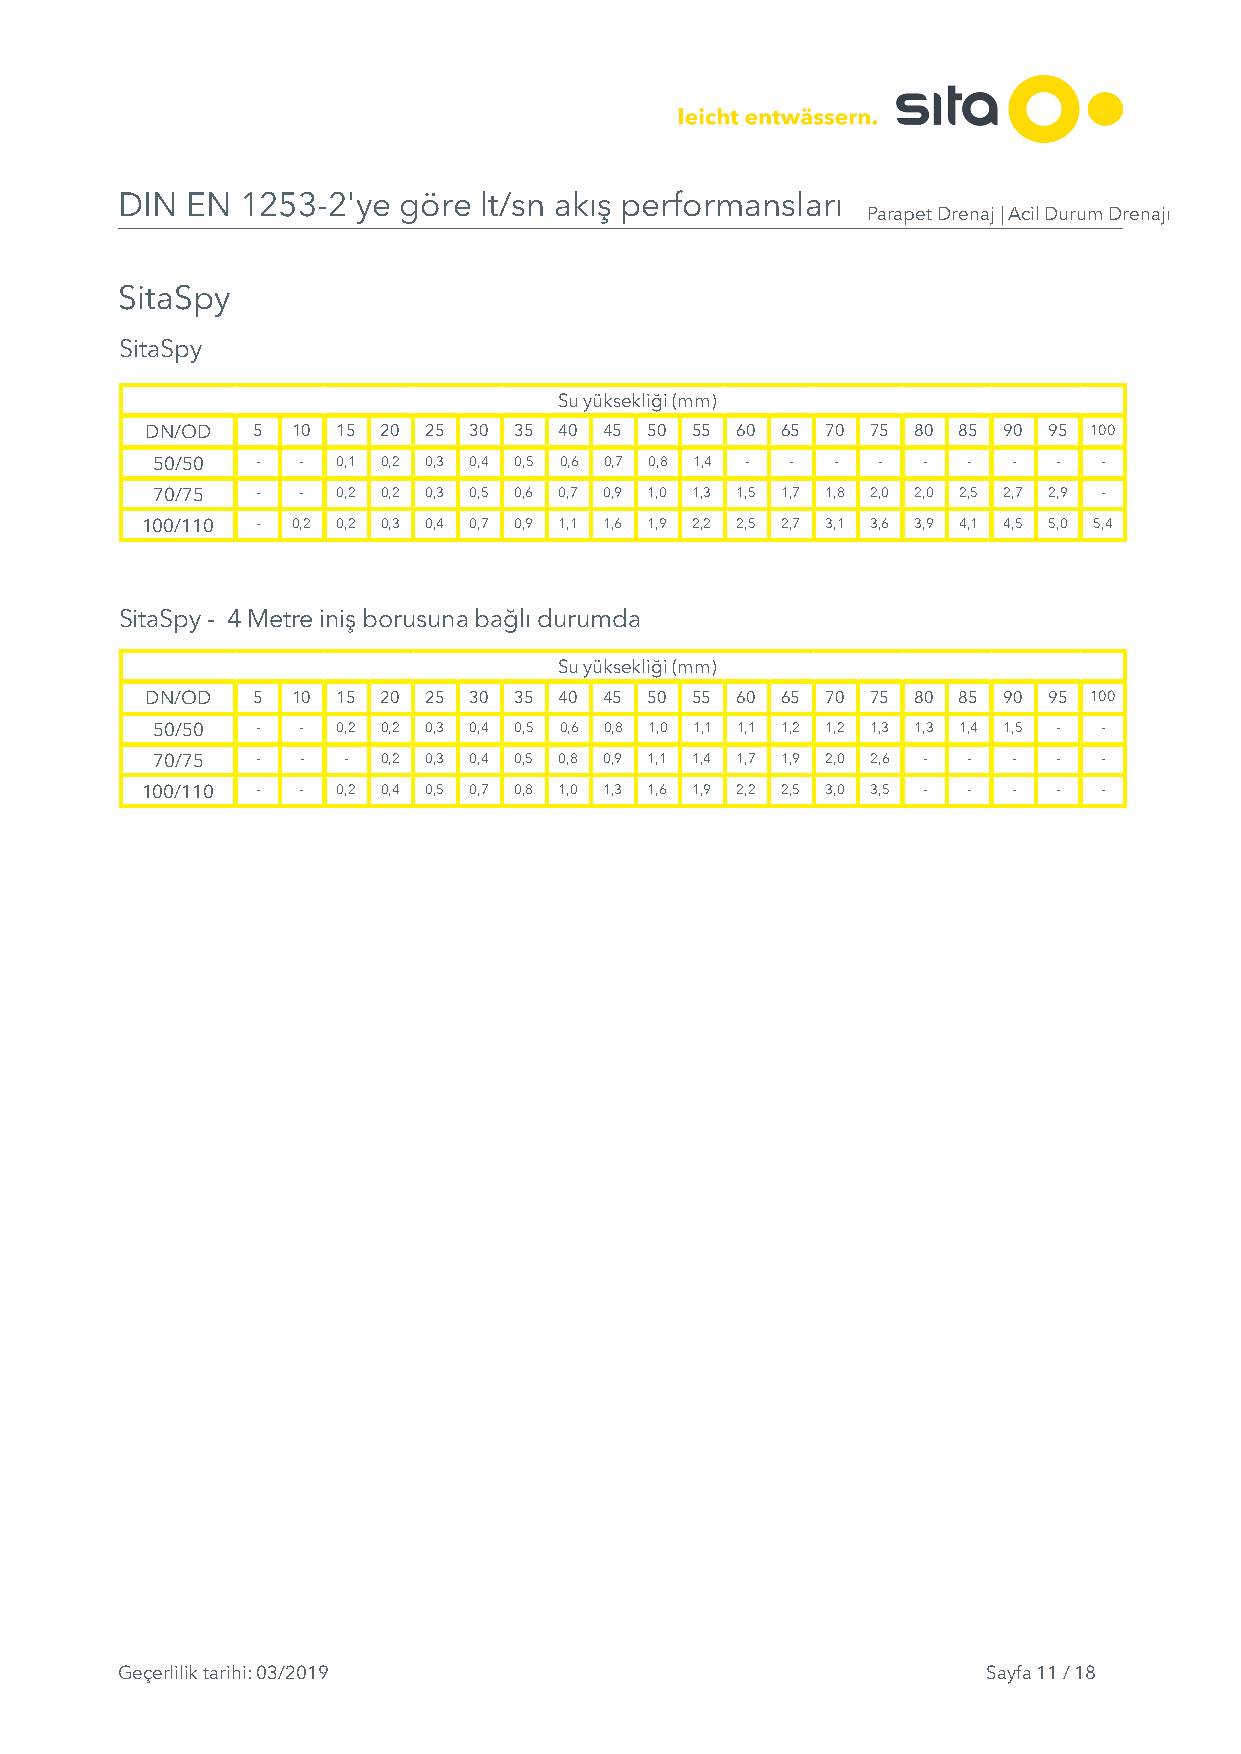
DIN EN  1253-2'ye göre  lt/sn akış performansları
 Parapet Drenaj | Acil Durum Drenajı
 SitaSpy
 SitaSpy
 Su yüksekliği (mm)
 DN/OD  5 10 15 20 25 30 35 40 45 50 55 60 65 70 75 80 85 90 95 100
 50/50  -  - 0,1 0,2 0,3 0,4 0,5 0,6 0,7 0,8 1,4 - - - - - - - - -
 70/75  -  - 0,2 0,2 0,3 0,5 0,6 0,7 0,9 1,0 1,3 1,5 1,7 1,8 2,0 2,0 2,5 2,7 2,9 -
 100/110 - 0,2 0,2 0,3 0,4 0,7 0,9 1,1 1,6 1,9 2,2 2,5 2,7 3,1 3,6 3,9 4,1 4,5 5,0 5,4
 SitaSpy - 4 Metre iniş borusuna bağlı durumda
 Su yüksekliği (mm)
 DN/OD  5 10 15 20 25 30 35 40 45 50 55 60 65 70 75 80 85 90 95 100
 50/50  -  - 0,2 0,2 0,3 0,4 0,5 0,6 0,8 1,0 1,1 1,1 1,2 1,2 1,3 1,3 1,4 1,5 - -
 70/75  -  -  - 0,2 0,3 0,4 0,5 0,8 0,9 1,1 1,4 1,7 1,9 2,0 2,6 - - - - -
 100/110 -  - 0,2 0,4 0,5 0,7 0,8 1,0 1,3 1,6 1,9 2,2 2,5 3,0 3,5 - - - - -
 Geçerlilik tarihi: 03/2019                               Sayfa 11 / 18